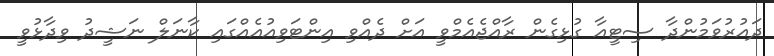
ދައުރުވަމުންދާ ސިޓީއާ ގުޅިގެން ރާއްޖެއެމްވީ އަށް ދެއްވި އިންޓަވިއުއެއްގައި ކާނަލް ނަޝީދު ވިދާޅުވީ